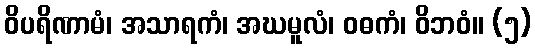
ဝိပရိဏာမံ၊ အသာရကံ၊ အဃမူလံ၊ ဝဓကံ၊ ဝိဘဝံ။ (၅)